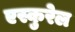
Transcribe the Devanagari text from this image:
एस्कुरेल